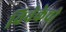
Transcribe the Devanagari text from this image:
विवेकेची